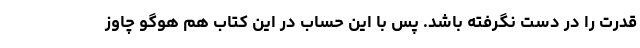
قدرت را در دست نگرفته باشد. پس با این حساب در این کتاب هم هوگو چاوز